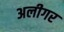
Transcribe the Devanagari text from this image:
अलीगर